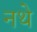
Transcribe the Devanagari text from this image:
नथे